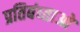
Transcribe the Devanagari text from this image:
प्रतिबंध्ताओ